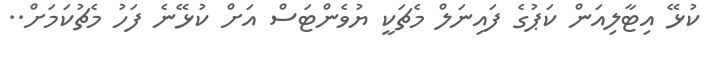
ކުޅޭ އިޓާލިއަން ކަޕުގެ ފައިނަލް މެޗަކީ ޔުވެންޓަސް އަށް ކުޅޭނެ ފަހު މެޗުކަމަށް..